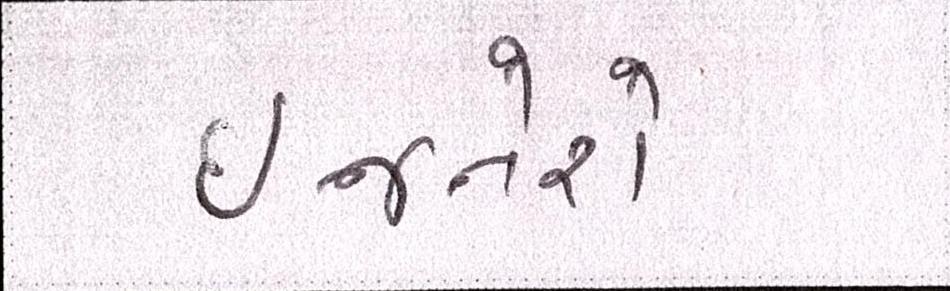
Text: ઈજનેરો